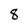
Character: 8